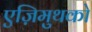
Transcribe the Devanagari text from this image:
एज़िमुथको